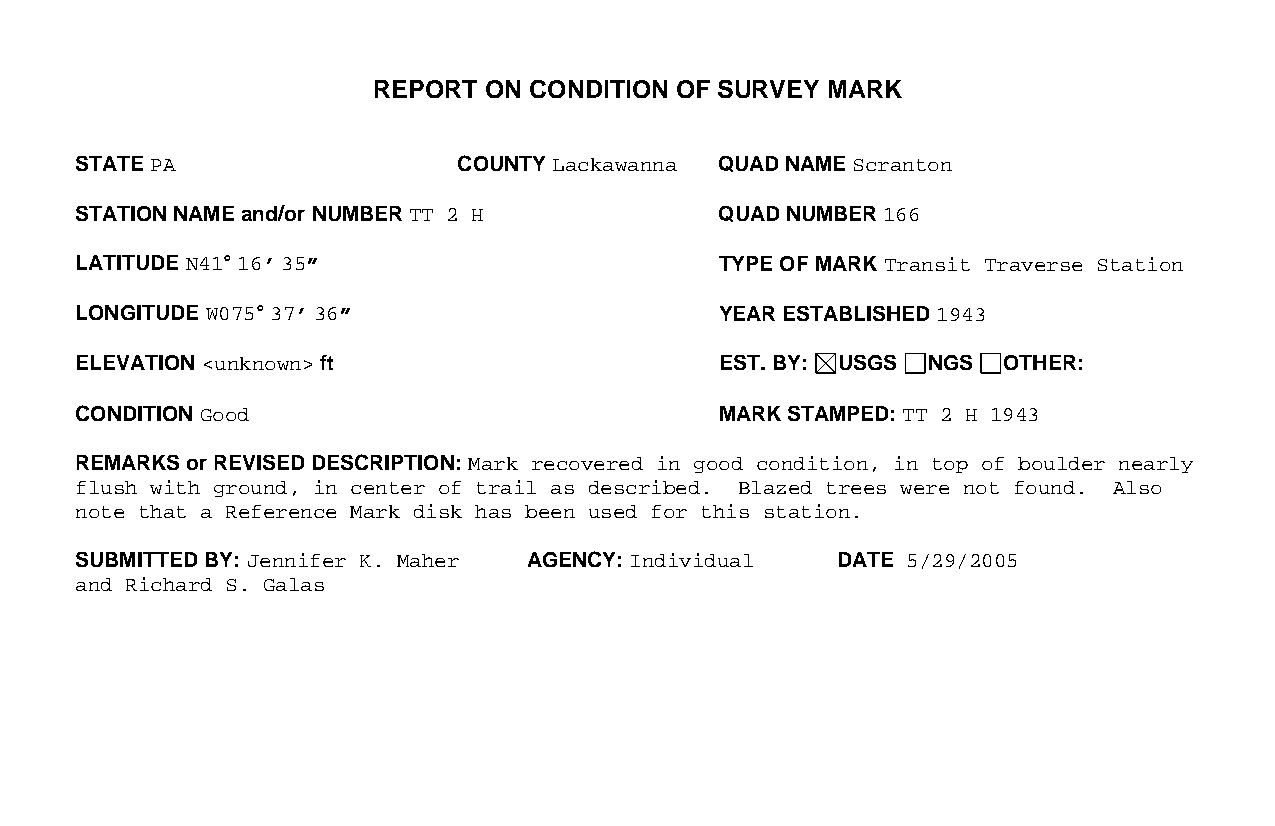
REPORT ON CONDITION OF SURVEY MARK
 STATE PA                 COUNTY Lackawanna QUAD NAME Scranton
 STATION NAME and/or NUMBER TT 2 H          QUAD NUMBER 166
 LATITUDE N41° 16’ 35”                      TYPE OF MARK Transit Traverse Station
 LONGITUDE W075° 37’ 36”                    YEAR ESTABLISHED 1943
 ELEVATION <unknown> ft                     EST. BY: USGS NGS OTHER:
 CONDITION Good                             MARK STAMPED: TT 2 H 1943
 REMARKS or REVISED DESCRIPTION: Mark recovered in good condition, in top of boulder nearly
 flush with ground, in center of trail as described. Blazed trees were not found. Also
 note that a Reference Mark disk has been used for this station.
 SUBMITTED BY: Jennifer K. Maher AGENCY: Individual DATE 5/29/2005
 and Richard S. Galas